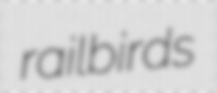
railbirds